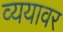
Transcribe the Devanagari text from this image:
व्ययावर